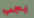
يجب